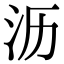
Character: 沥